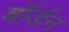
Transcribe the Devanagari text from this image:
बॉर्डन